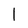
Character: l